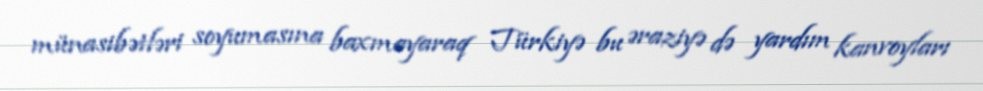
münasibətləri soyumasına baxmayaraq Türkiyə bu əraziyə də yardım kanvoyları